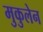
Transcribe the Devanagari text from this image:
मुकुलेन